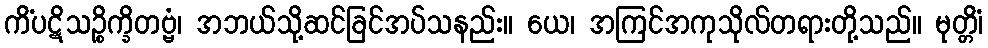
ကိံပဋိသဉ္စိက္ခိတဗ္ဗံ၊ အဘယ်သို့ဆင်ခြင်အပ်သနည်း။ ယေ၊ အကြင်အကုသိုလ်တရားတို့သည်။ မုတ္တိံ၊